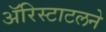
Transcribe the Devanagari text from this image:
ॲरिस्टाटलने